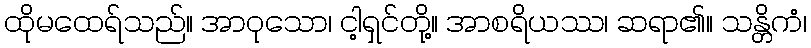
ထိုမထေရ်သည်။ အာဝုသော၊ ငါ့ရှင်တို့။ အာစရိယဿ၊ ဆရာ၏။ သန္တိကံ၊